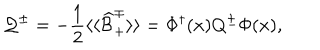
{ \cal Q } ^ { \pm } = - \frac { 1 } { 2 } \langle \langle \widehat { \cal B } _ { + } ^ { \mp } \rangle \rangle = \Phi ^ { \dagger } ( x ) Q ^ { \pm } \Phi ( x ) ,